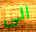
الى